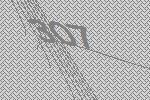
307